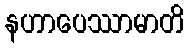
နဟာပေဿာမာတိ